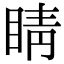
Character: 睛